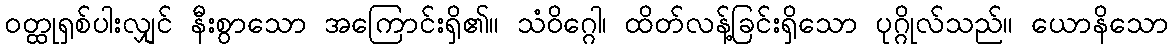
ဝတ္ထုရှစ်ပါးလျှင် နီးစွာသော အကြောင်းရှိ၏။ သံဝိဂ္ဂေါ၊ ထိတ်လန့်ခြင်းရှိသော ပုဂ္ဂိုလ်သည်။ ယောနိသော